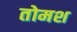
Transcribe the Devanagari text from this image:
तोमश